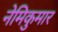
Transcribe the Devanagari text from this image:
नेमिकुमार